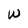
Character: W